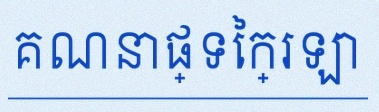
គណនាផ្ទៃក្រឡា